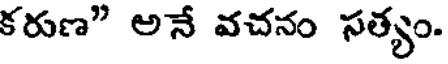
కరుణ" అనే వచనం సత్యం.